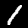
Digit: 1